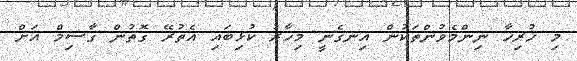
މި ހުރިހާ ނިންމެވުންތަކުން އިނގެނީ މިހާރު ކުޅިބައި އެތުރޭ ގޮތުން ގާސިމް އަށް